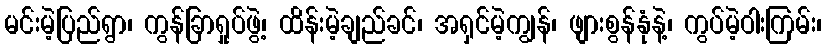
မင်းမဲ့ပြည်ရွာ၊ ကွန်ခြာရှုပ်ဖွဲ့၊ ထိန်းမဲ့ချည်ခင်၊ အရှင်မဲ့ကျွန်၊ ဖျားစွန်နုံနဲ့၊ ကွပ်မဲ့ဝါးကြမ်း၊